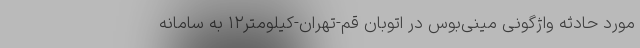
مورد حادثه واژگونی مینی‌بوس در اتوبان قم-تهران-کیلومتر۱۲ به سامانه